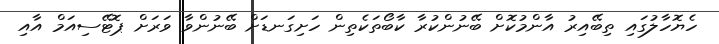
ހެޔޮހާލުގައި ތިބޭއިރު އާންމުކޮށް ބޭނުންކުރާ ކާބޯތަކެތިން ހަށިގަނޑަށް ބޭނުންވާ ވަރަށް ޕޮޓޭސިއަމް އާއި